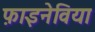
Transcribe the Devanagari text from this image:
फ़ाइनेविया